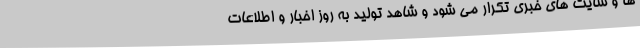
ها و سایت های خبری تکرار می شود و شاهد تولید به روز اخبار و اطلاعات